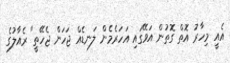
އެއީ މިހާރު އޮތް ގޮތުން އަވޭގައި އަހަރެމެން ލަނޑެއް ޖަހަން ޖެހޭތީ" ރެއާލުގެ